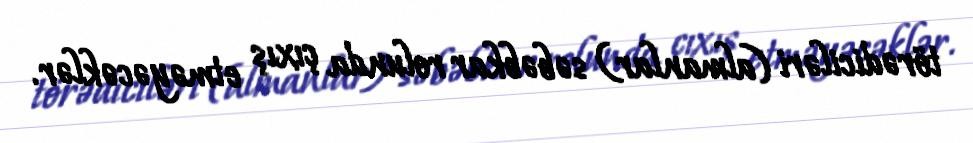
törədiciləri (almanlar) səbəbkar rolunda çıxış etməyəcəklər.